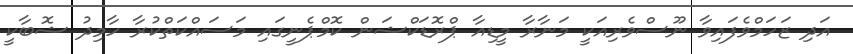
އަދި ޒަހަމްވެފައިވާ ނޫސްވެރިއަކީ މަނާރާ މީޑިއާ ޕްރޮޑަކްޝަން ކޮމްޕެނީގައި މަަސައްކަތްކުރާ ހާމިދު ޝޮބާކީ